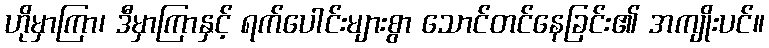
ဟိုမှာကြာ၊ ဒီမှာကြာနှင့် ရက်ပေါင်းများစွာ သောင်တင်နေခြင်း၏ အကျိုးပင်။